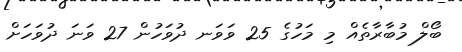
ބޯލް މުބާރާތެއް މި މަހުގެ 25 ވަވަނ ދުވަހުން 27 ވަނަ ދުވަހަށް